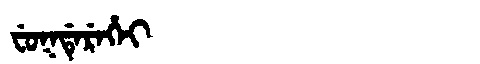
Manchu: ᠸᡠᡴᡩᡝᡵᡝᡥᡝᡳ
Romanization: FUKDEREHEI